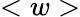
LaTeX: <w>